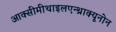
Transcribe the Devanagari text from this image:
आक्सीमीथाइलएन्थ्राक्यूनोन